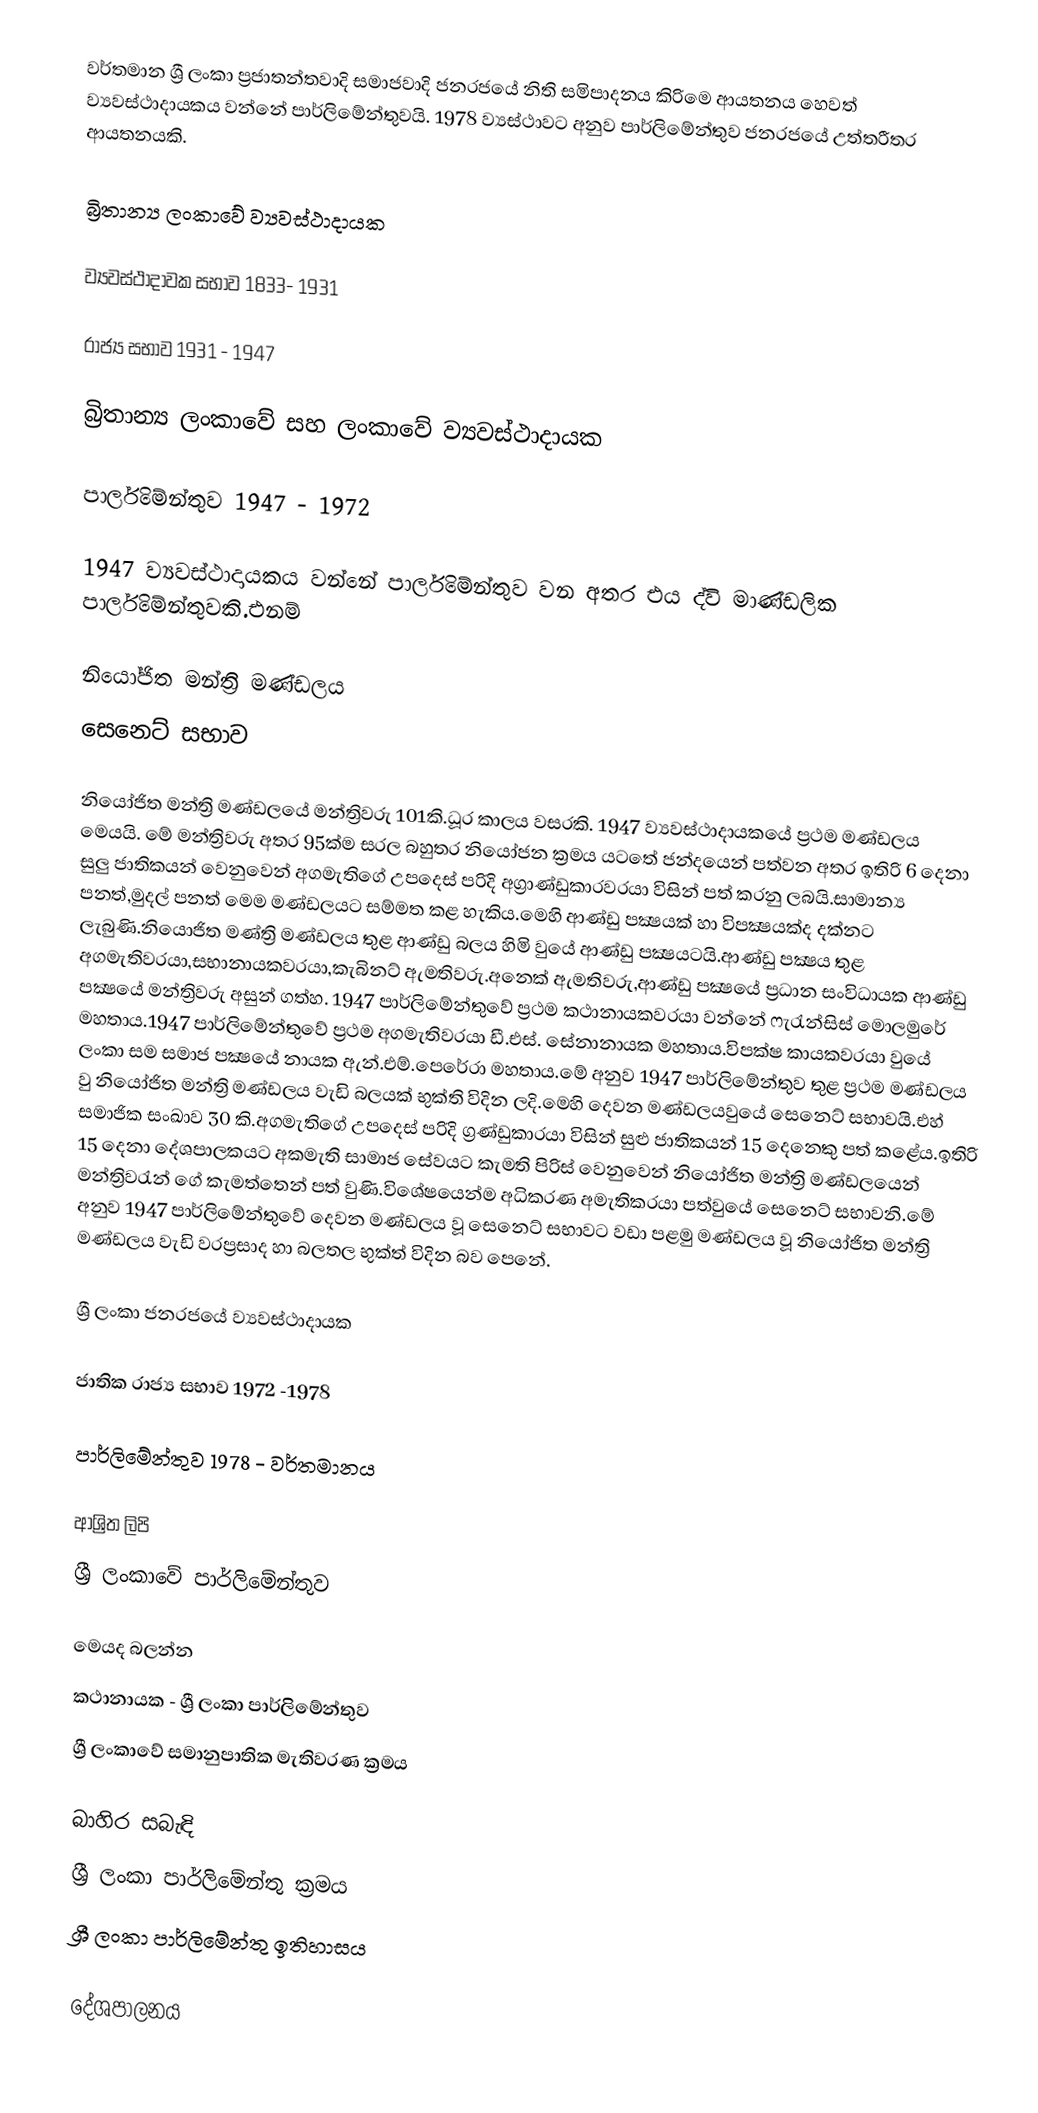
වර්තමාන ශ්‍රී ලංකා ප්‍රජාතන්තවාදි සමාජවාදි ජනරජයේ නිති සමිපාදනය කිරිමෙ ආයතනය හෙවත් ව්‍යවස්ථාදායකය වන්නේ පාර්ලිමේන්තුවයි. 1978 ව්‍යස්ථාවට අනුව පාර්ලිමේන්තුව ජනරජයේ උත්තරීතර ආයතනයකි.

බ්‍රිතාන්‍ය ලංකාවේ ව්‍යවස්ථාදායක

ව්‍යවස්ථාදාවක සභාව 1833- 1931

රාජ්‍ය සභාව 1931 - 1947

බ්‍රිතාන්‍ය ලංකාවේ සහ ලංකාවේ ව්‍යවස්ථාදායක

පාර්ලිමේන්තුව 1947 - 1972

1947 ව්‍යවස්ථාදායකය වන්නේ පාර්ලිමේන්තුව වන අතර එය ද්වි මාණ්ඩලික පාර්ලිමේන්තුවකි.එනම්

 නියෝජිත මන්ත්‍රි මණ්ඩලය
 සෙනෙට් සභාව

නියෝජිත මන්ත්‍රි මණ්ඩලයේ මන්ත්‍රිවරු 101කි.ධූර කාලය වසරකි. 1947 ව්‍යවස්ථාදායකයේ ප්‍රථම මණ්ඩලය මෙයයි. මේ මන්ත්‍රිවරු අතර 95ක්ම සරල බහුතර නියෝජන ක්‍රමය යට‍තේ ජන්දයෙන් පත්වන අතර ඉතිරි 6 දෙනා සුලු ජාතිකයන් වෙනුවෙන් අගමැතිගේ උපදෙස් පරිදි අග්‍රාණ්ඩුකාරවරයා විසින් පත් කරනු ලබයි.සාමාන්‍ය පනත්,මුදල් පනත් මෙම මණ්ඩලයට සම්මත කළ හැකිය.මෙහි ආණ්ඩු පක්‍ෂයක් හා විපක්‍ෂයක්ද දක්නට ලැබුණි.නියොජිත මණ්ත්‍රි මණ්ඩලය තුළ ආණ්ඩු බලය හිමි වුයේ ආණ්ඩු පක්‍ෂයටයි.ආණ්ඩු පක්‍ෂය තුළ අගමැතිවරයා,සභානායකවරයා,කැබිනට් ඇමතිවරු.අනෙක් ඇමතිවරු,ආණ්ඩු පක්‍ෂයේ ප්‍රධාන සංවිධායක ආණ්ඩු පක්‍ෂයේ මන්ත්‍රිවරු අසුන් ගත්හ. 1947 පාර්ලිමේන්තුවේ ප්‍රථම කථානායකවරයා වන්නේ ෆැරැන්සිස් මොලමුරේ මහතාය.1947 පාර්ලිමේන්තුවේ ප්‍රථම අගමැතිවරයා ඩී.එස්. සේනානායක මහතාය.විපක්ෂ කායකවරයා වුයේ ලංකා සම සමාජ පක්‍ෂයේ නායක ඇන්.එම්.පෙරේරා මහතාය.මේ අනුව 1947 පාර්ලිමේන්තුව තුළ ප්‍රථම මණ්ඩලය වු නියෝජිත මන්ත්‍රි මණ්ඩලය වැඩි බලයක් භුක්ති විදින ලදි.මෙහි දෙවන මණ්ඩලයවුයේ සෙනෙට් සභාවයි.එහ් සමාජික සංඛාව 30 කි.අගමැතිගේ උපදෙස් පරිදි ග්‍රණ්ඩුකාරයා විසින් සුළු ජාතිකයන් 15 දෙනෙකු පත් කළේය.ඉතිරි 15 දෙනා දේශපාලකයට අකමැති සාමාජ සේවයට කැමති පිරිස් වෙනුවෙන් නියෝජිත මන්ත්‍රි මණ්ඩලයෙන් මන්ත්‍රිවරැන් ගේ කැමත්තෙන් පත් වුණි.විශේෂයෙන්ම අධිකරණ අමැතිකරයා පත්වුයේ සෙනෙට් සභාවනි.මේ අනුව 1947 පාර්ලිමේන්තුවේ දෙවන මණ්ඩලය වූ සෙනෙට් සභාවට වඩා පළමු මණ්ඩලය වූ නියෝජිත මන්ත්‍රි මණ්ඩලය වැඩි වරප්‍රසාද හා බලතල භුක්ත් විදින බව පෙනේ.

ශ්‍රී ලංකා ජනරජයේ ව්‍යවස්ථාදායක

ජාතික රාජ්‍ය සභාව 1972 -1978

පාර්ලිමේන්තුව 1978 - වර්තමානය

ආශ්‍රිත ලිපි
 ශ්‍රී ලංකාවේ පාර්ලිමේන්තුව

මෙයද බලන්න
කථානායක - ශ්‍රී ලංකා පාර්ලිමේන්තුව
ශ්‍රී ලංකාවේ සමානුපාතික මැතිවරණ ක්‍රමය

බාහිර සබැඳි
 ශ්‍රී ලංකා පාර්ලි‌මේන්තු ක්‍රමය
 ශ්‍රී ලංකා පාර්ලි‌මේන්තු ඉතිහාසය

දේශපාලනය